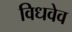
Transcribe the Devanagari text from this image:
विधवेव